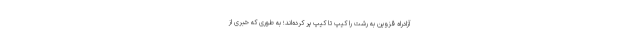
آزادراه قزوین به رشت را کیپ تا کیپ پر کرده‌اند؛ به طوری که خبری از